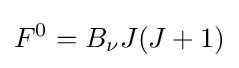
F^{0}=B_{\nu }J(J+1)